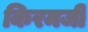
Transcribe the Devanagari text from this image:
किरमजी